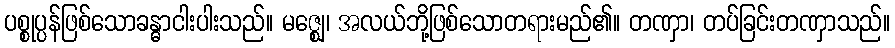
ပစ္စုပ္ပန်ဖြစ်သောခန္ဓာငါးပါးသည်။ မဇ္ဈေ၊ အလယ်ဘို့ဖြစ်သောတရားမည်၏။ တဏှာ၊ တပ်ခြင်းတဏှာသည်။